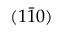
( 1 \bar { 1 } 0 )